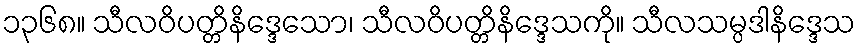
၁၃၆၈။ သီလဝိပတ္တိနိဒ္ဒေသော၊ သီလဝိပတ္တိနိဒ္ဒေသကို။ သီလသမ္ပဒါနိဒ္ဒေသ